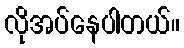
လိုအပ်နေပါတယ်။